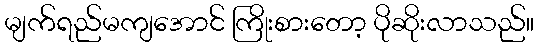
မျက်ရည်မကျအောင် ကြိုးစားတော့ ပိုဆိုးလာသည်။